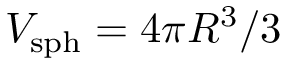
V _ { \mathrm { s p h } } = 4 \pi R ^ { 3 } / 3